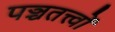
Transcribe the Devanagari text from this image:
पञ्चतत्त्वों